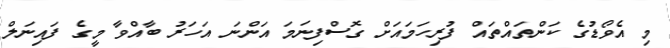
މި އެވޯޑުގެ ކަންތައްތައް ފުރިހަމައަށް ގޮސްފިނަމަ އަންނަ އަހަރު ބާއްވާ މީގެ ފައިނަލް